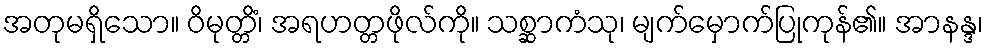
အတုမရှိသော။ ဝိမုတ္တိံ၊ အရဟတ္တဖိုလ်ကို။ သစ္ဆာကံသု၊ မျက်မှောက်ပြုကုန်၏။ အာနန္ဒ၊